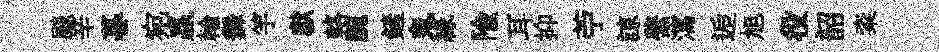
颷辛暮宛贏輪舞竽獻輅腕鏟鬼緣隃耳抑苧諒綮瀉逅旭役韶粢